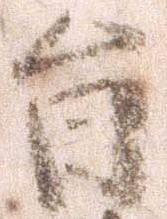
旨